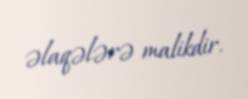
əlaqələrə malikdir.